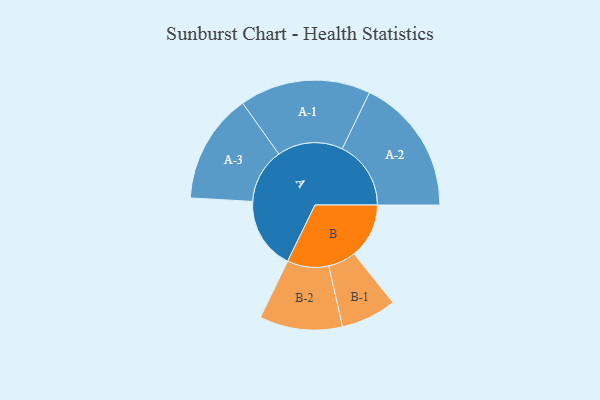
{"axis": {"x": "Segment", "y": "Value"}, "legend": ["", "A", "B"], "data": [{"x": "A", "y": 299, "type": ""}, {"x": "B", "y": 228, "type": ""}, {"x": "A-1", "y": 272, "type": "A"}, {"x": "A-2", "y": 285, "type": "A"}, {"x": "A-3", "y": 228, "type": "A"}, {"x": "B-1", "y": 115, "type": "B"}, {"x": "B-2", "y": 172, "type": "B"}]}